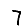
Digit: 7